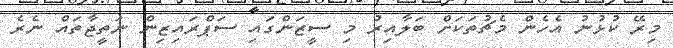
މިރޭ ކުޅުނު އެހެން މެޗުތަކަށް ބަލާއިރު މި ސީޒަންގައި ސަޕްރައިޒިން ނަތީޖާތައް ނެރެ